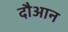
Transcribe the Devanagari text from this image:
दौआन